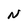
Character: N